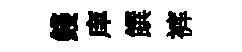
錢庠饌裤